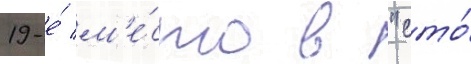
19-е́ м'е́сто в "сто́